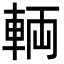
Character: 輌